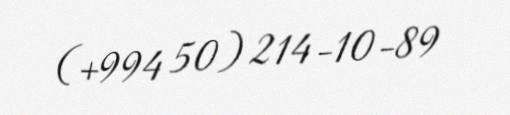
(+994 50) 214-10-89